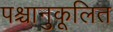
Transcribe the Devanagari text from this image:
पश्चानुकूलित